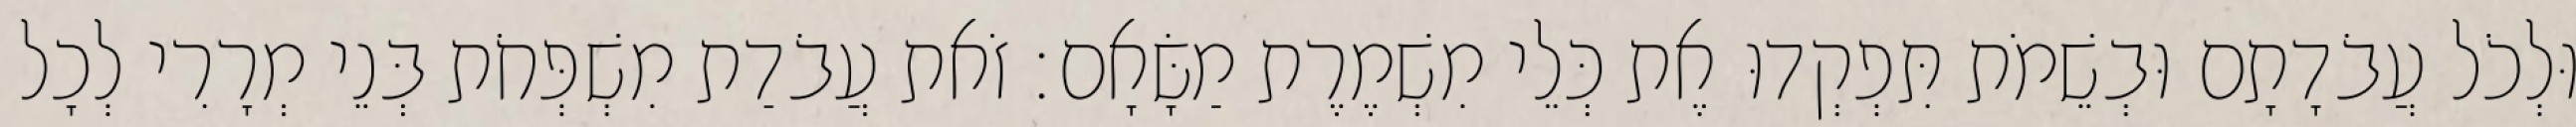
וּלְכֹל עֲבֹדָתָם וּבְשֵׁמֹת תִּפְקְדוּ אֶת כְּלֵי מִשְׁמֶרֶת מַשָּׂאָם׃ זֹאת עֲבֹדַת מִשְׁפְּחֹת בְּנֵי מְרָרִי לְכָל